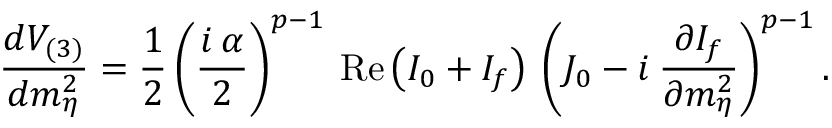
\frac { d V _ { ( 3 ) } } { d m _ { \eta } ^ { 2 } } = \frac { 1 } { 2 } \left( \frac { i \: \alpha } { 2 } \right) ^ { p - 1 } \: \mathrm { R e } \left( I _ { 0 } + I _ { f } \right) \: \left( J _ { 0 } - i \: \frac { \partial I _ { f } } { \partial m _ { \eta } ^ { 2 } } \right) ^ { p - 1 } .